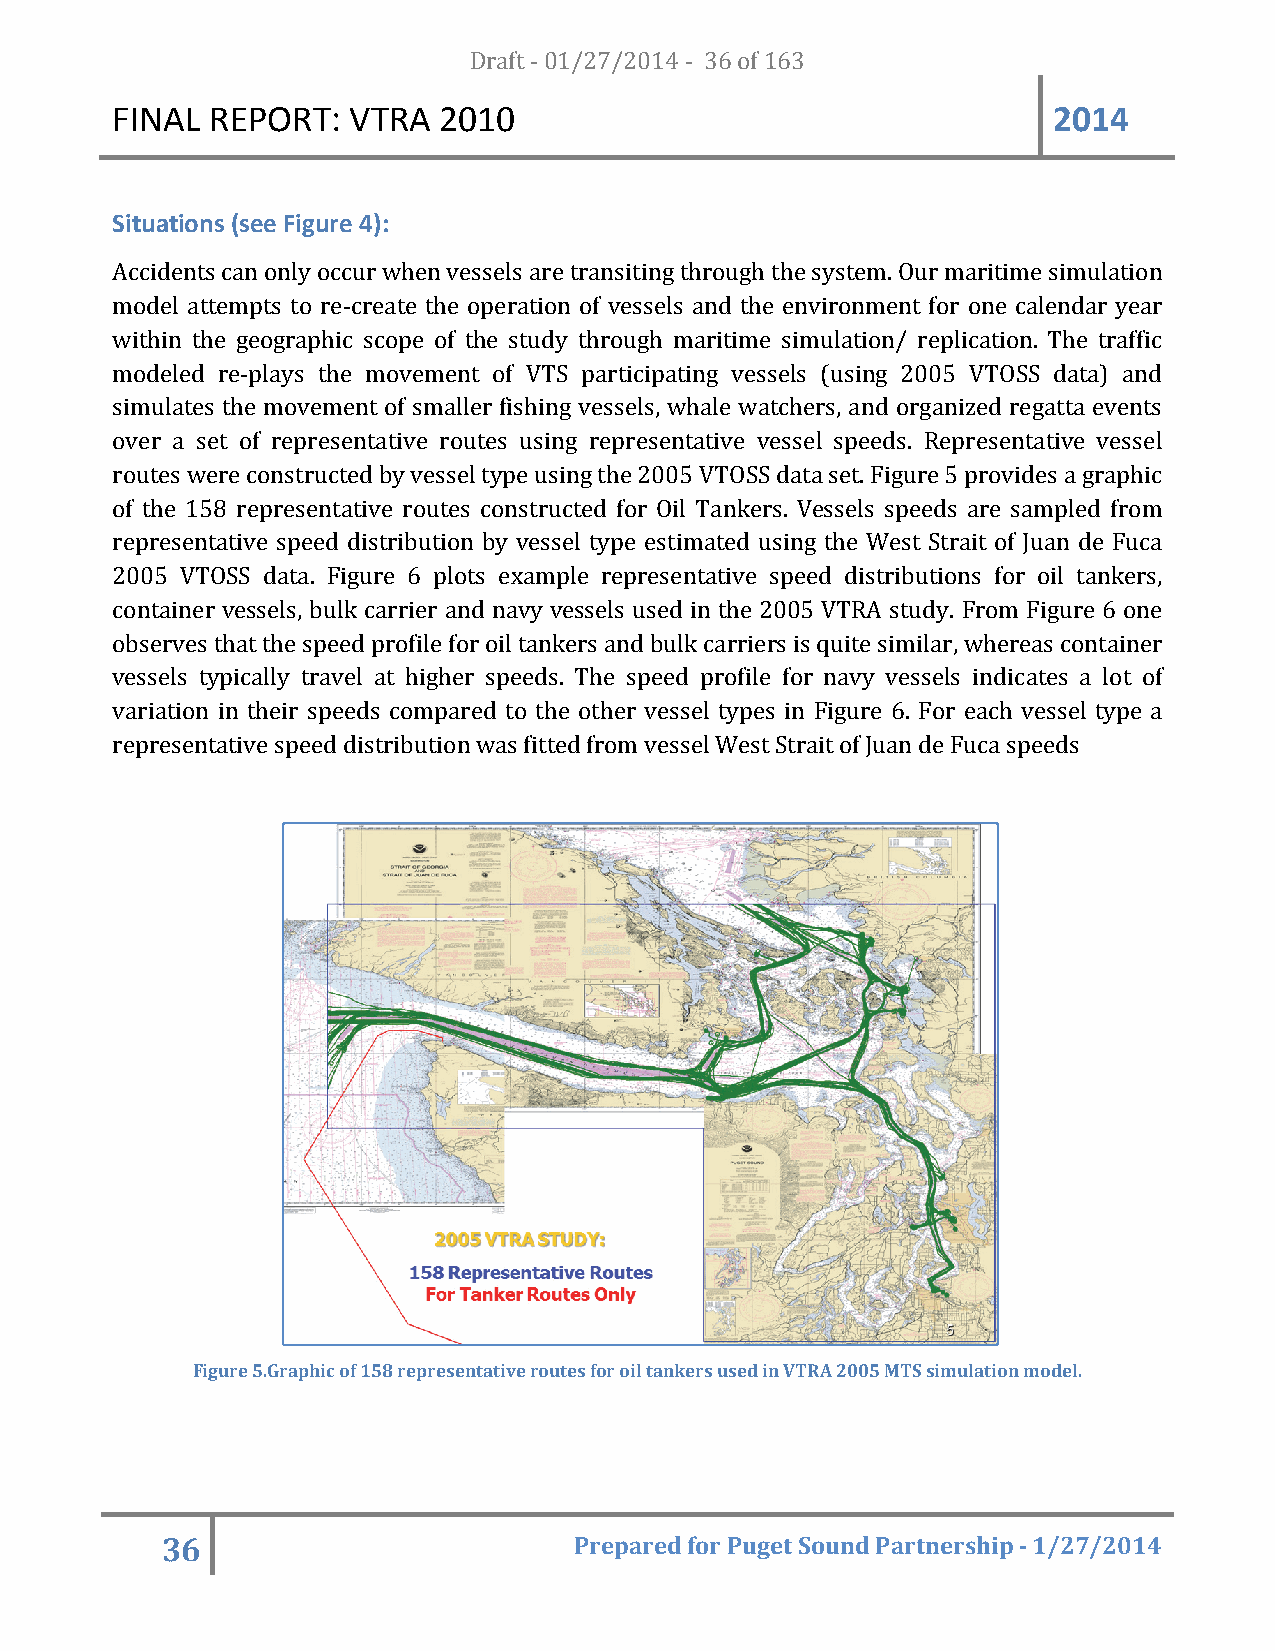
FINAL  REPORT:  VTRA  20D1r0af t - 01/27/2014 - 36 of 163      2014
 Situations (see Figure 4):
 Accidents can only occur when vessels are transiting through the system. Our maritime simulation
 model attempts to re-create the operation of vessels and the environment for one calendar year
 within the geographic scope of the study through maritime simulation/ replication. The traffic
 modeled re-plays the movement of VTS participating vessels (using 2005 VTOSS data) and
 simulates the movement of smaller fishing vessels, whale watchers, and organized regatta events
 over a set of representative routes using representative vessel speeds. Representative vessel
 routes were constructed by vessel type using the 2005 VTOSS data set. Figure 5 provides a graphic
 of the 158 representative routes constructed for Oil Tankers. Vessels speeds are sampled from
 representative speed distribution by vessel type estimated using the West Strait of Juan de Fuca
 2005 VTOSS data. Figure 6 plots example representative speed distributions for oil tankers,
 container vessels, bulk carrier and navy vessels used in the 2005 VTRA study. From Figure 6 one
 observes that the speed profile for oil tankers and bulk carriers is quite similar, whereas container
 vessels typically travel at higher speeds. The speed profile for navy vessels indicates a lot of
 variation in their speeds compared to the other vessel types in Figure 6. For each vessel type a
 representative speed distribution was fitted from vessel West Strait of Juan de Fuca speeds
 Figure 5.Graphic of 158 representative routes for oil tankers used in VTRA 2005 MTS simulation model.
 36                         Prepared for Puget Sound Partnership - 1/27/2014